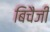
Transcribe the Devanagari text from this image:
बिचैजी